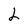
Character: L